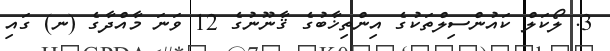
3. ލޯކަލް ކައުންސިލްތަކުގެ އިންތިޚާބުގެ ޤާނޫނުގެ 12 ވަނަ މާއްދާގެ (ނ) ގައި